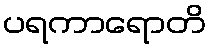
ပရကာရောတိ